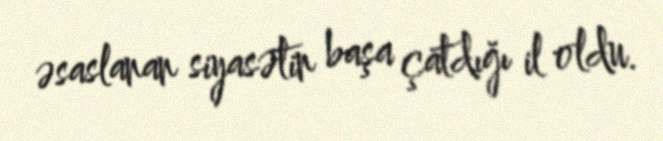
əsaslanan siyasətin başa çatdığı il oldu.